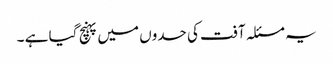
یہ مسئلہ آفت کی حدوں میں پہنچ گیا ہے ۔